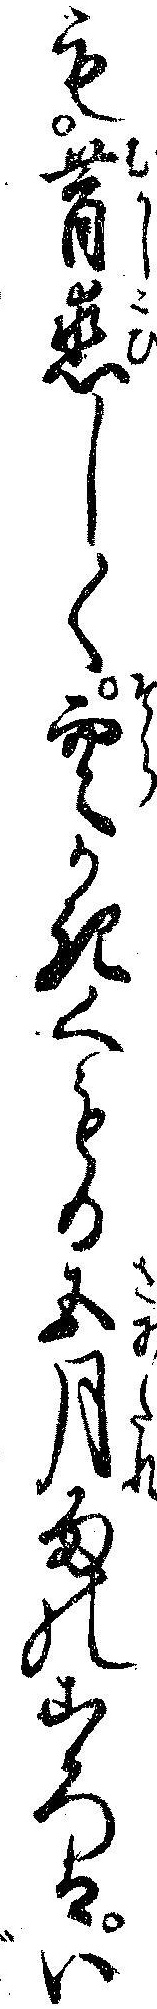
も昔恋しく空かきくもる五月雨のころはい